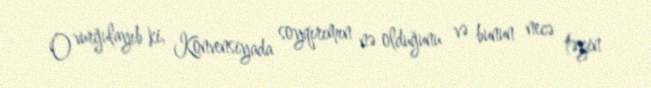
O vurğulayıb ki, Konvensiyada soyqırımın nə olduğunu və bunun necə təyin